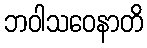
ဘဝါသဝေနာတိ